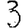
Digit: 3